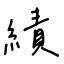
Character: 績